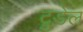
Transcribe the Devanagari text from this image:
ट्रुडेल